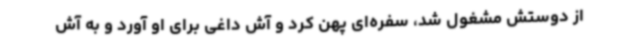
از دوستش مشغول شد، سفره‌ای پهن کرد و آش داغی برای او آورد و به آش